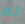
لم